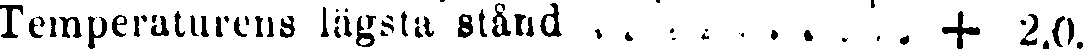
Temperaturens lägsta stånd . . . . . . . . . . + 2,0.